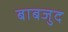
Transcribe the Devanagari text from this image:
बाबजुद